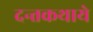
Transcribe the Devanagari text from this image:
दन्तकथाये